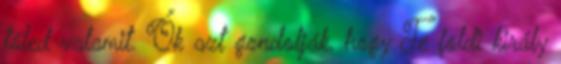
tőled valamit. Ők azt gondolják, hogy Te földi király